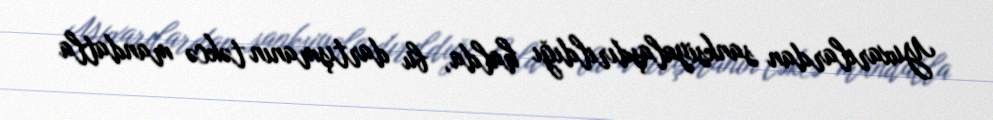
Yuxarılardan sanksiyalaşdırıldığı halda, bu dartışmanın təkcə mandatla